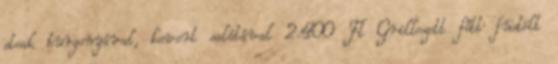
steak burgonyával, kevert salátával 2.400 Ft Grillezett főtt füstölt